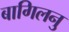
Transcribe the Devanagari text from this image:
बागिलनु